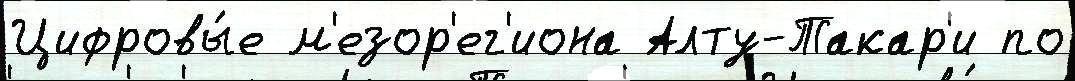
Цифровы́е м'езор'ег'иона Алту-Такар'и по